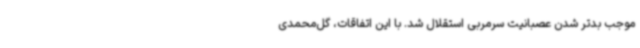
موجب بدتر شدن عصبانیت سرمربی استقلال شد. با این اتفاقات، گل‌محمدی